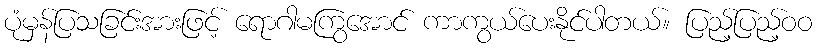
ပုံမှန်ပြသခြင်းအားဖြင့် ရောဂါမကြွအောင် ကာကွယ်ပေးနိုင်ပါတယ်။ ပြည့်ပြည့်ဝဝ